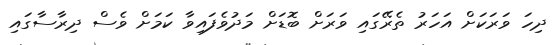
ދިހަ ވަރަކަށް އަހަރު ތެރޭގައި ވަރަށް ބޮޑަށް މަދުވެފައިވާ ކަމަށް ވެސް ދިރާސާގައި